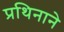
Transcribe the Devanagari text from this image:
प्रथिनाने